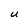
Character: U